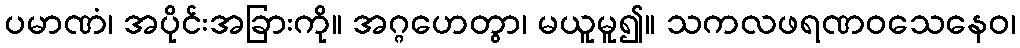
ပမာဏံ၊ အပိုင်းအခြားကို။ အဂ္ဂဟေတွာ၊ မယူမူ၍။ သကလဖရဏဝသေနေဝ၊